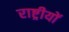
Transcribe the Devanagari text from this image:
राष्ट्रीयों